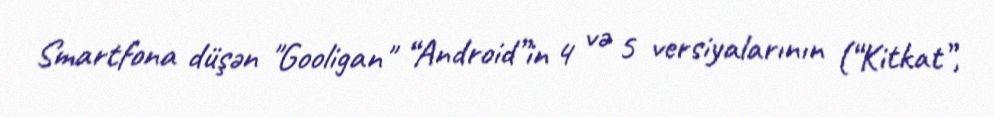
Smartfona düşən "Gooligan" “Android”in 4 və 5 versiyalarının (“Kitkat”,